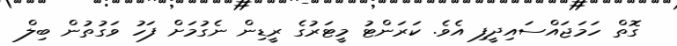
ގޮތް ހަމަޖައްސައިދީފި އެވެ. ކަރަންޓު މީޓަރުގެ ރީޑިން ނެގުމަށް ފަހު ވަގުތުން ބިލް